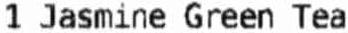
1 JASMINE GREEN TEA